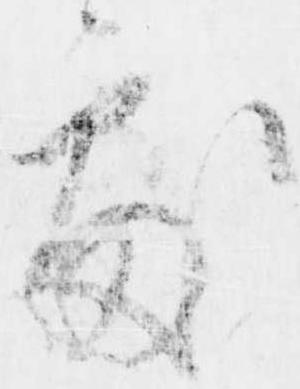
処